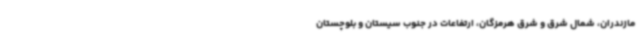
مازندران، شمال شرق و شرق هرمزگان، ارتفاعات در جنوب سیستان و بلوچستان